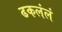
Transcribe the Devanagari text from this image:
ढकलंलं